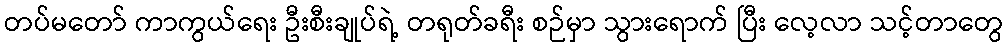
တပ်မတော် ကာကွယ်ရေး ဦးစီးချုပ်ရဲ့ တရုတ်ခရီး စဉ်မှာ သွားရောက် ပြီး လေ့လာ သင့်တာတွေ